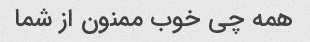
همه چی خوب ممنون از شما